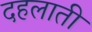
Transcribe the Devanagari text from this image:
दहलाती